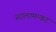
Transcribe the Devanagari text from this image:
सालामन्का